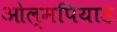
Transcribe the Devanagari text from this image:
ओल्मपियाड